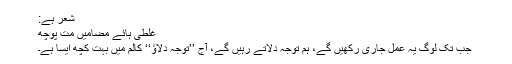
شعر ہے:
غلطی ہائے مضامیں مت پوچھ
جب تک لوگ یہ عمل جاری رکھیں گے، ہم توجہ دلاتے رہیں گے، آج ’’توجہ دلاؤ‘‘ کالم میں بہت کچھ ایسا ہے۔